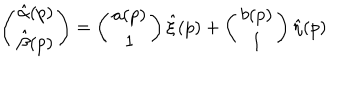
\left( \begin{array} { c c } { { \hat { \alpha } ( p ) } } \\ { { \hat { \beta } ( p ) } } \\ \end{array} \right) = \left( \begin{array} { c c } { { a ( p ) } } \\ { { 1 } } \\ \end{array} \right) \hat { \xi } ( p ) + \left( \begin{array} { c c } { { b ( p ) } } \\ { { 1 } } \\ \end{array} \right) \hat { \eta } ( p )